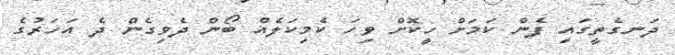
ދަނގެތީގައި ފެން ކަމަށް ހީކޮށް ވިހަ ކެމިކަލެއް ބޯން ދެވިގެން ދެ އަހަރުގެ